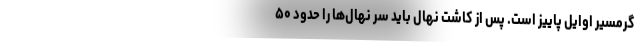
گرمسیر اوایل پاییز است. پس از کاشت نهال باید سر نهال‌ها را حدود ۵۰